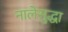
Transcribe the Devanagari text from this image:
नालेसुद्धा